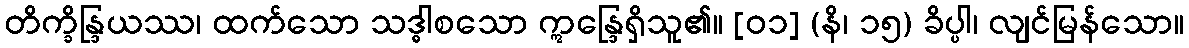
တိက္ခိန္ဒြယဿ၊ ထက်သော သဒ္ဓါစသော ဣန္ဒြေရှိသူ၏။ [၀၁] (နိ၊ ၁၅) ခိပ္ပါ၊ လျင်မြန်သော။